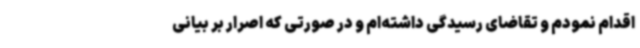
اقدام نمودم و تقاضای رسیدگی داشته‌ام و در صورتی که اصرار بر بیانی